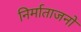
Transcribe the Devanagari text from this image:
निर्माताजनों